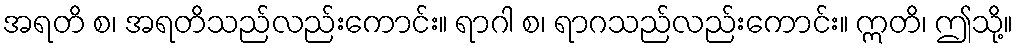
အရတိ စ၊ အရတိသည်လည်းကောင်း။ ရာဂါ စ၊ ရာဂသည်လည်းကောင်း။ ဣတိ၊ ဤသို့။